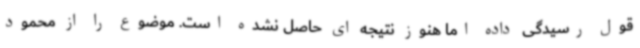
قول رسیدگی داده اما هنوز نتیجه ای حاصل نشده است. موضوع را از محمود